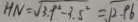
H N = \sqrt { 3 . 9 ^ { 2 } - 3 . 5 ^ { 2 } } = \sqrt { 2 . 9 6 }